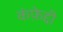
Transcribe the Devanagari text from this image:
कंफ़ेद्दी